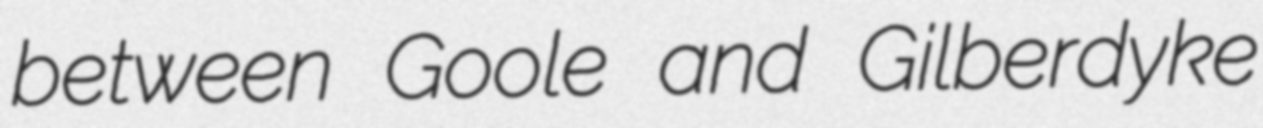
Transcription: between Goole and Gilberdyke